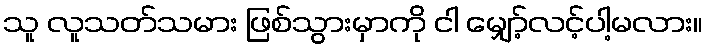
သူ လူသတ်သမား ဖြစ်သွားမှာကို ငါ မျှော့်လင့်ပါ့မလား။